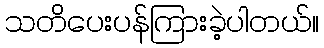
သတိပေးပန်ကြားခဲ့ပါတယ်။